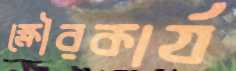
ক্ষৌরকার্য